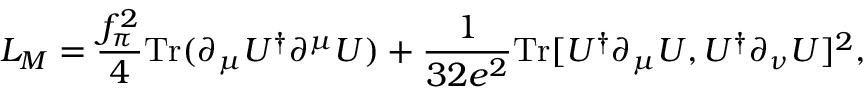
{ \cal L } _ { M } = \frac { f _ { \pi } ^ { 2 } } { 4 } \mathrm { T r } ( \partial _ { \mu } U ^ { \dagger } \partial ^ { \mu } U ) + \frac { 1 } { 3 2 e ^ { 2 } } \mathrm { T r } [ U ^ { \dagger } \partial _ { \mu } U , U ^ { \dagger } \partial _ { \nu } U ] ^ { 2 } ,